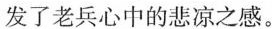
发了老兵心中的悲凉之感。